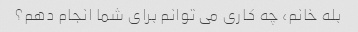
بله خانم، چه کاری می توانم برای شما انجام دهم؟